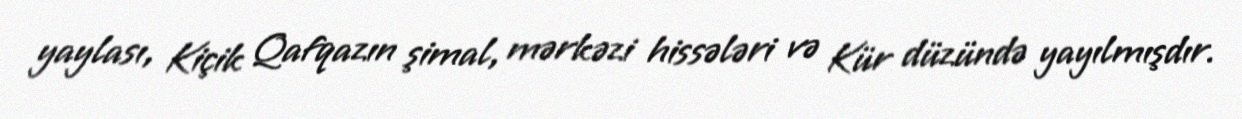
yaylası, Kiçik Qafqazın şimal, mərkəzi hissələri və Kür düzündə yayılmışdır.